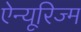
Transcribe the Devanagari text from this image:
ऐन्यूरिज्म